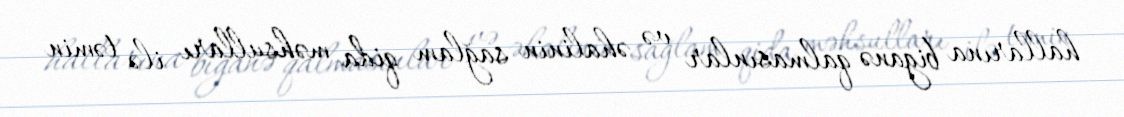
hallarına biganə qalmasınlar və əhalinin sağlam qida məhsulları ilə təmin